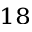
^ { 1 8 }